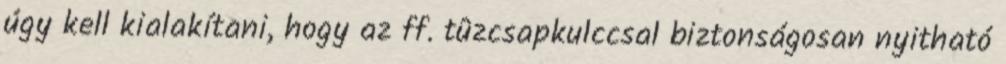
úgy kell kialakítani, hogy az ff. tûzcsapkulccsal biztonságosan nyitható